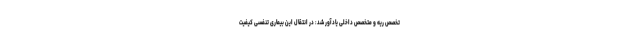
تخصص ریه و متخصص داخلی یادآور شد: در انتقال این بیماری تنفسی کیفیت